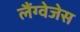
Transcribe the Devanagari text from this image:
लैंग्वेजेस